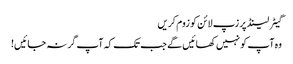
گیٹر لینڈ پر زپ لائن کو زوم کریں
وہ آپ کو نہیں کھائیں گے جب تک کہ آپ گر نہ جائیں!